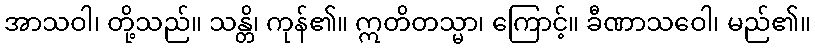
အာသဝါ၊ တို့သည်။ သန္တိ၊ ကုန်၏။ ဣတိတသ္မာ၊ ကြောင့်။ ခီဏာသဝေါ၊ မည်၏။